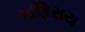
મણિરાય